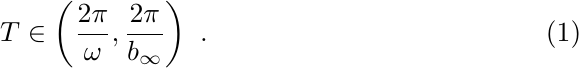
\begin{equation}
  T\in \left(\frac{2\pi}{\omega},\frac{2\pi}{b_{\infty}}\right)\ .
  \label{eq:four}
\end{equation}